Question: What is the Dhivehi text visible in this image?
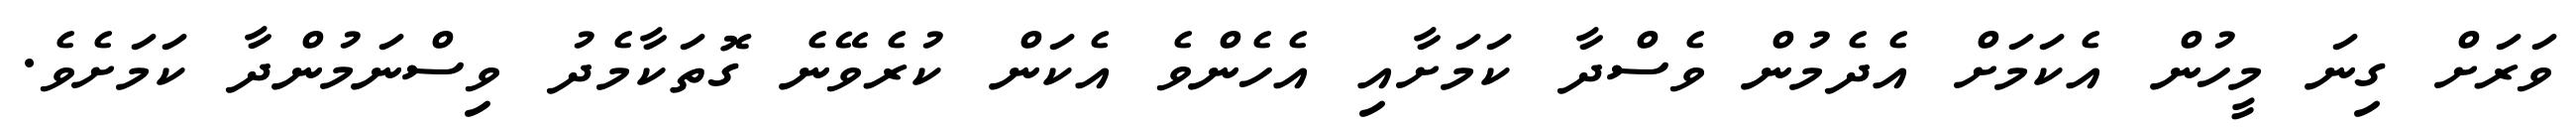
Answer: ވަރަށް ގިނަ މީހުން އެކަމަށް އެދެމުން ވެސްދާ ކަމަށާއި އެހެންވެ އެކަން ކުރެވޭނެ ގޮތަކާމެދު ވިސްނަމުންދާ ކަމަށެވެ.